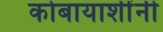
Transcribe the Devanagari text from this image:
कोबायाशींनी